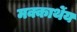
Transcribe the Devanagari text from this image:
मक्कार्थेय